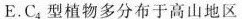
E.C_{4}型植物多分布于高山地区